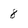
Character: 8